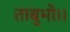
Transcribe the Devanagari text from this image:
ताबुभो।।